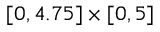
[ 0 , 4 . 7 5 ] \times [ 0 , 5 ]